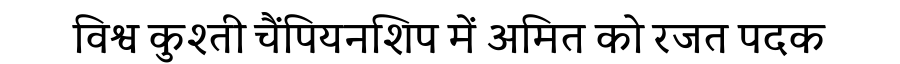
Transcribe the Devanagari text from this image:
विश्व कुश्ती चैंपियनशिप में अमित को रजत पदक